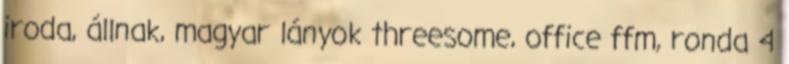
iroda, állnak, magyar lányok threesome, office ffm, ronda 4